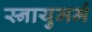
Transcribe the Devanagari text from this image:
स्नायुमर्म